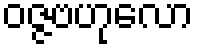
ဝဇ္ဇဗဟုလော